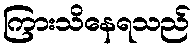
ကြားသိနေရသည်